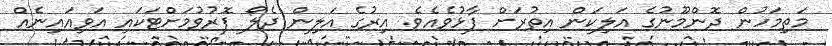
މަތިމަހުން ދޮންމޫނުގެ އަލިކަން އިތުރަށް ފާޅުވެއެވެ. އިރުގެ އަލިން ދެލޯ ފޮރުވުމަށްޓަކައި އަވިއައިނެއް